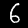
Label: 6